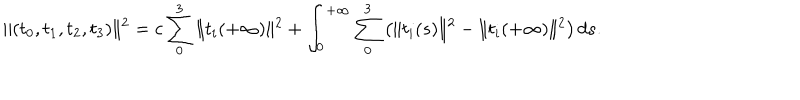
LaTeX: \| ( t _ { 0 } , t _ { 1 } , t _ { 2 } , t _ { 3 } ) \| ^ { 2 } = c \sum _ { 0 } ^ { 3 } \| t _ { i } ( + \infty ) \| ^ { 2 } + \int _ { 0 } ^ { + \infty } \sum _ { 0 } ^ { 3 } \left( \| t _ { i } ( s ) \| ^ { 2 } - \| t _ { i } ( + \infty ) \| ^ { 2 } \right) d s .